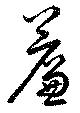
簾